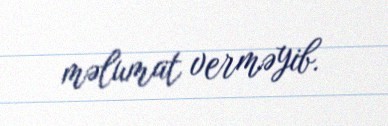
məlumat verməyib.